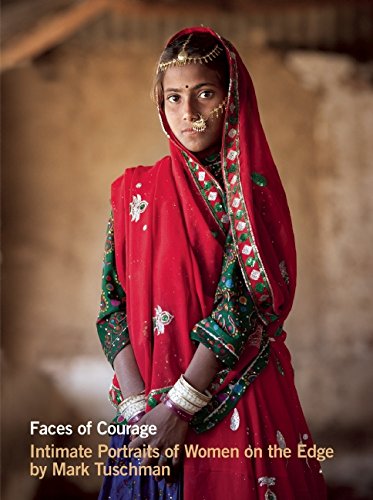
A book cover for Faces of Courage: Intimate Portraits of Women on the Edge; Arts & Photography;